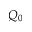
Q _ { 0 }